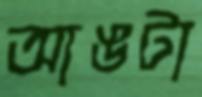
আঙটা